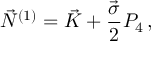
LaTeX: \vec { N } ^ { ( 1 ) } = \vec { K } + \frac { \vec { \sigma } } { 2 } P _ { 4 } \, ,